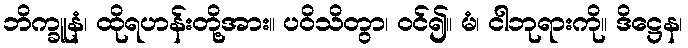
ဘိက္ခူနံ၊ ထိုရဟန်းတို့အား။ ပဝိသိတွာ၊ ဝင်၍။ မံ၊ ငါဘုရားကို။ ဒိဋ္ဌေန၊